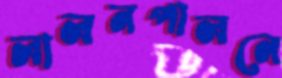
লালনপালনে